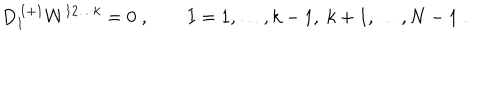
D _ { I } ^ { \, I + 1 } W ^ { 1 2 \ldots k } = 0 \; , \qquad I = 1 , \ldots , k - 1 , \ k + 1 , \ldots , N - 1 \; .